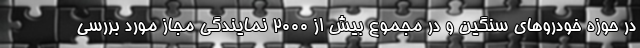
در حوزه خودروهای سنگین و در مجموع بیش از 2000 نمایندگی مجاز مورد بررسی